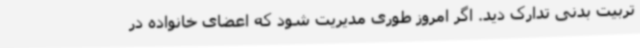
تربیت بدنی تدارک دید. اگر امروز طوری مدیریت شود که اعضای خانواده در